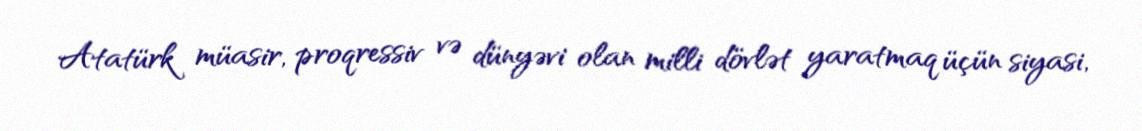
Atatürk müasir, proqressiv və dünyəvi olan milli dövlət yaratmaq üçün siyasi,